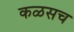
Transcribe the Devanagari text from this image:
कळसच